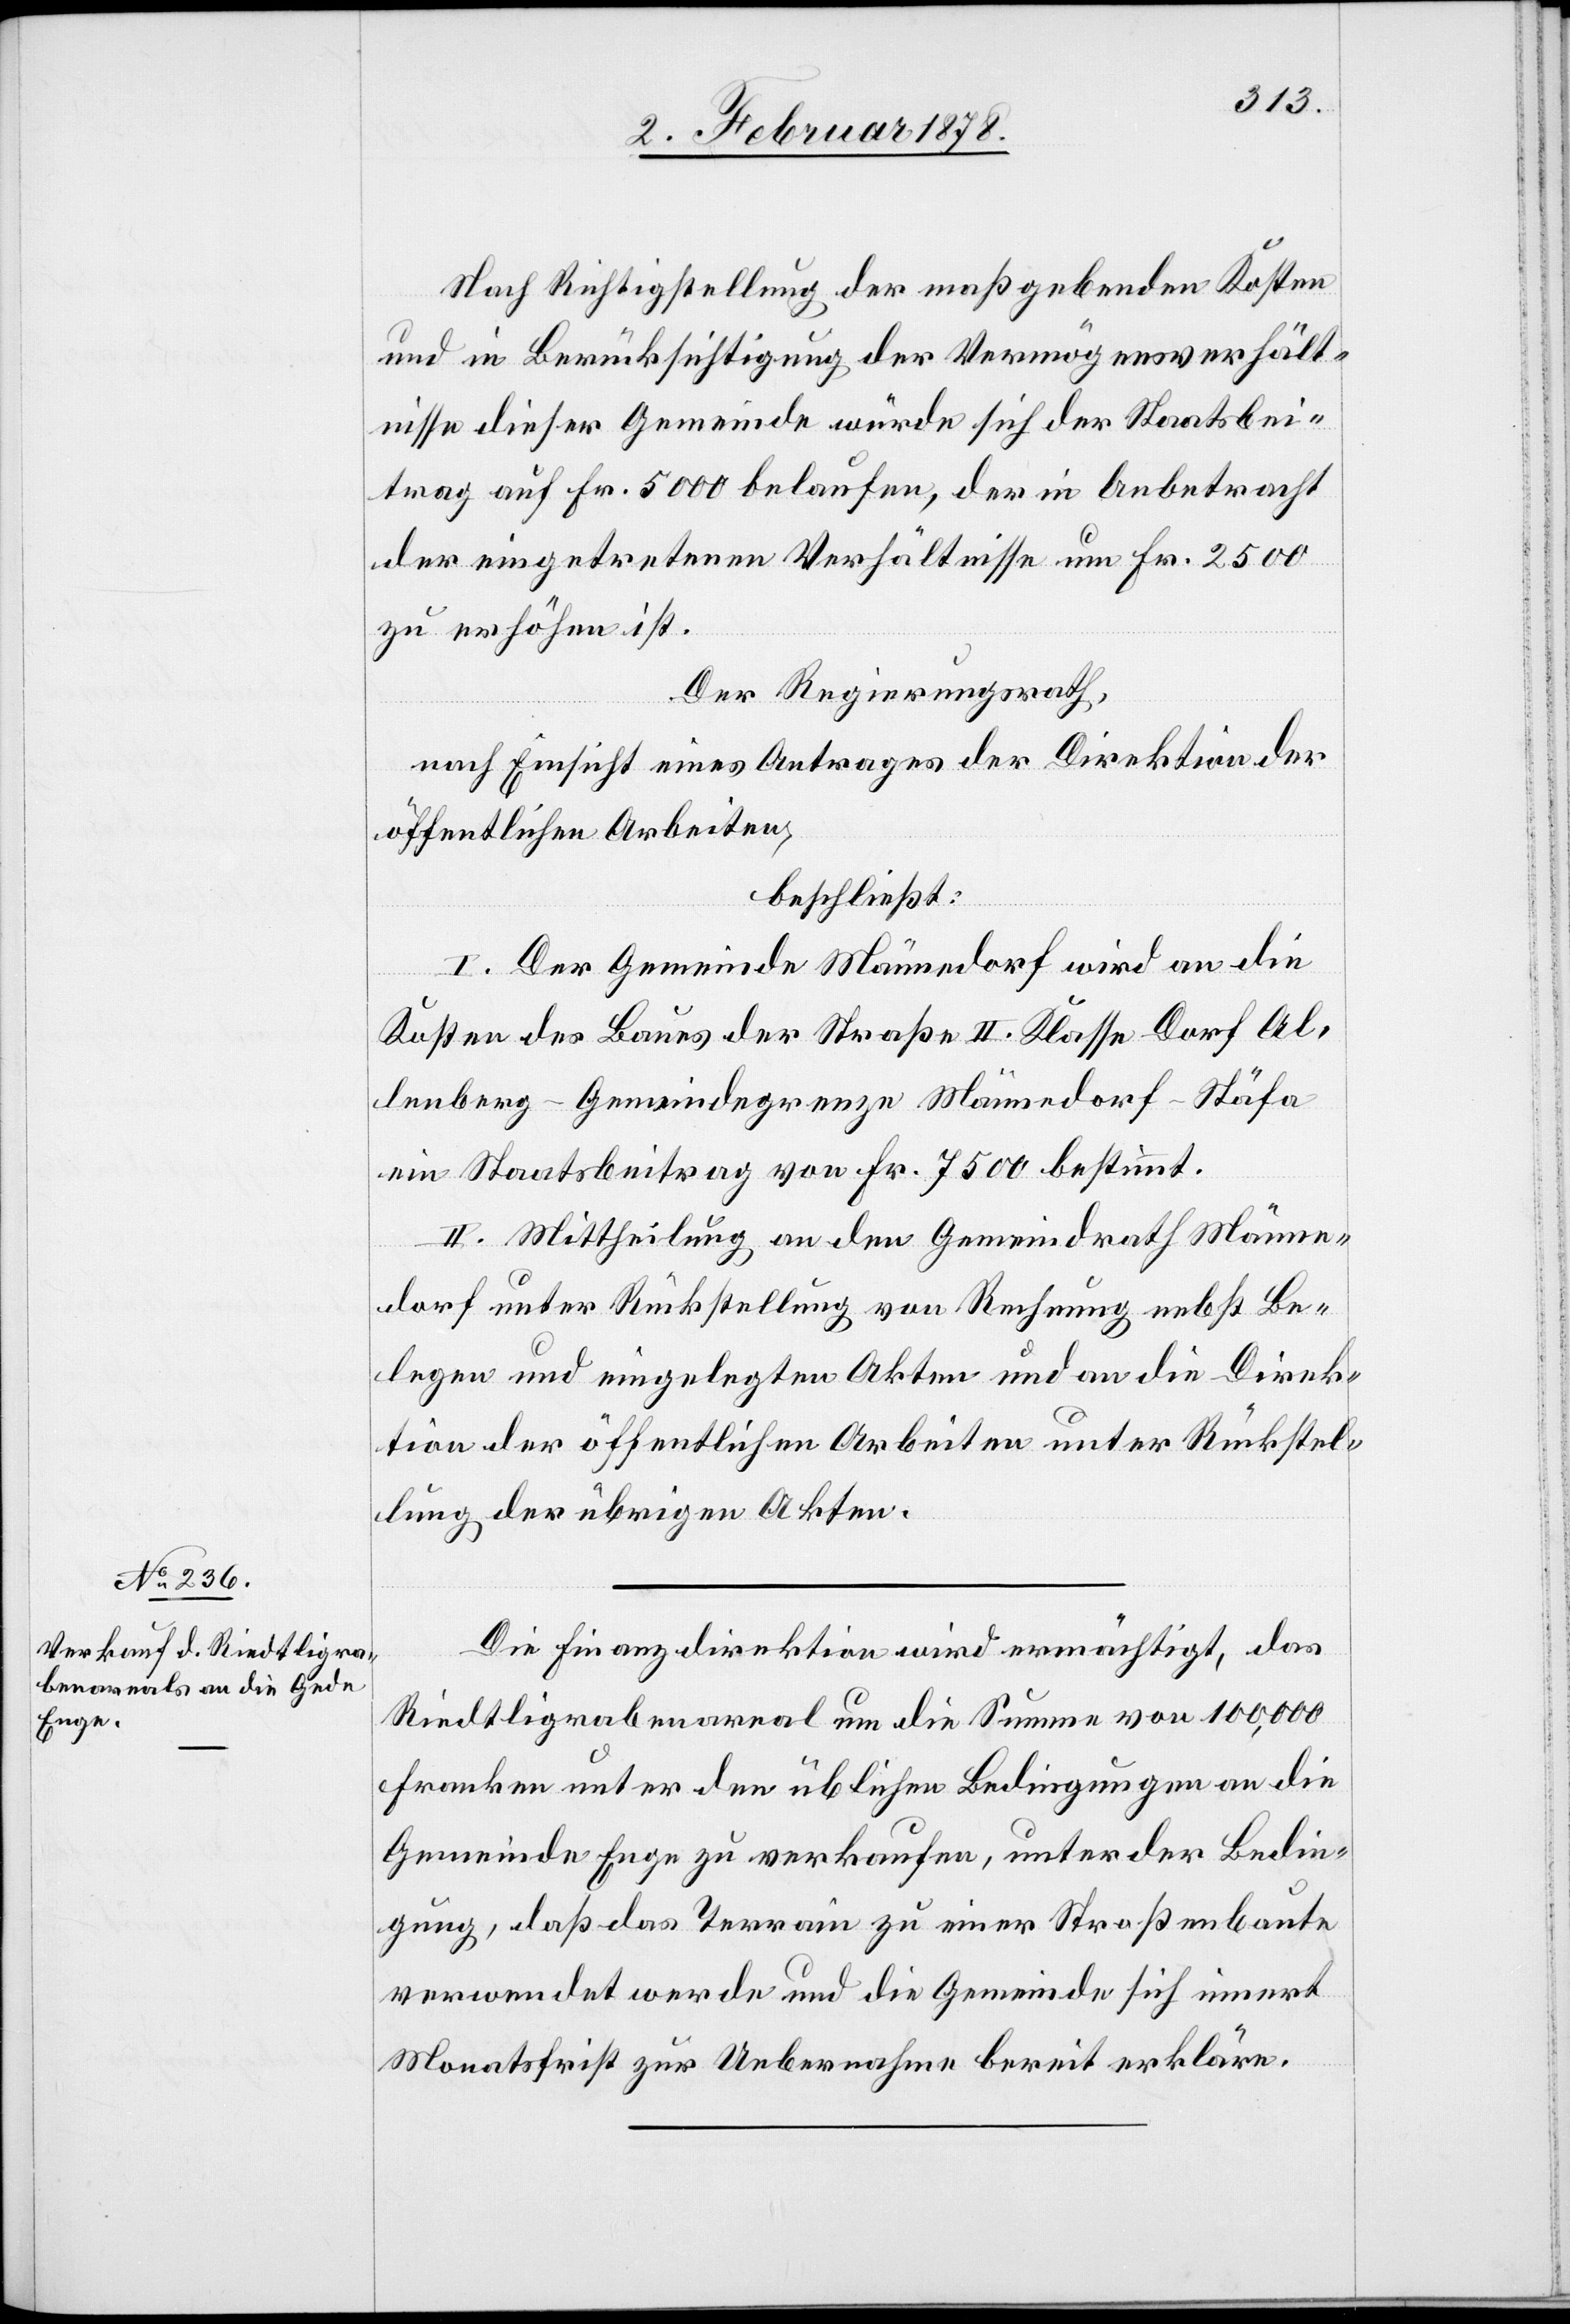
Nach Richtigstellung der maßgebenden Kosten
und in Berücksichtigung der Vermögensverhält¬
nisse dieser Gemeinde würde sich der Staatsbei¬
trag auf Fr. 5000 belaufen, der in Anbetracht
der eingetretenen Verhältnisse um Fr. 2500
zu erhöhen ist.
Der Regierungsrath,
nach Einsicht eines Antrages der Direktion der
öffentlichen Arbeiten,
beschließt:
I. Der Gemeinde Männedorf wird an die
Kosten des Baues der Straße II. Klasse Dorf Al¬
lenberg–Gemeindegrenze Männedorf–Stäfa
ein Staatsbeitrag von Fr. 7500 bestimmt.
II. Mittheilung an den Gemeindrath Männe¬
dorf unter Rückstellung von Rechnung nebst Be¬
legen und eingelegten Akten und an die Direk¬
tion der öffentlichen Arbeiten unter Rückstel¬
lung der übrigen Akten.
Die Finanzdirektion wird ermächtigt, das
Riedtligrabenareal um die Summe von 100,000
Franken unter den üblichen Bedingungen an die
Gemeinde Enge zu verkaufen, unter der Bedin¬
gung, daß das Terrain zu einer Straßenbaute
verwendet werde und die Gemeinde sich innert
Monatsfrist zur Uebernahme bereit erkläre.